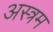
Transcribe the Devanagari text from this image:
अस्त्रम